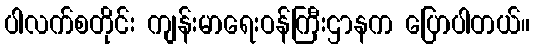
ပါလက်စတိုင်း ကျန်းမာရေးဝန်ကြီးဌာနက ပြောပါတယ်။